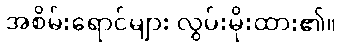
အစိမ်းရောင်များ လွှမ်းမိုးထား၏။